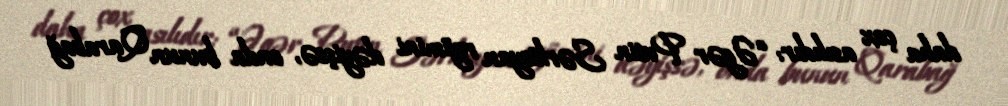
daha çox asılıdır: “Əgər Putin Sərkisyan rejimini dəyişsə, onda bunun Qarabağ